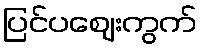
ပြင်ပဈေးကွက်